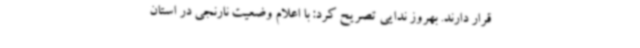
قرار دارند. بهروز ندایی تصریح کرد: با اعلام وضعیت نارنجی در استان